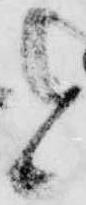
と